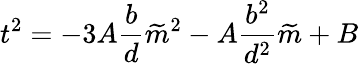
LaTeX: t^{2}=-3A\frac{b}{d}\widetilde{m}^{2}-A\frac{b^{2}}{d^{2}}\widetilde{m}+B